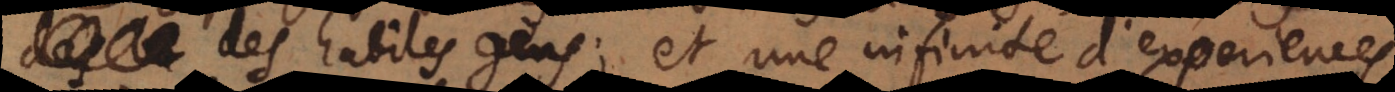
des habiles gens; et une infinité d’experiences